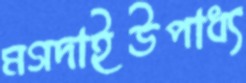
মগদাইউপাধ্য